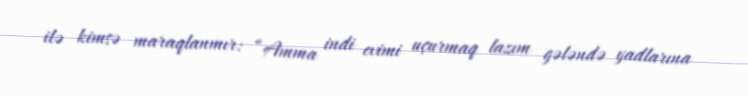
ilə kimsə maraqlanmır: “Amma indi evimi uçurmaq lazım gələndə yadlarına